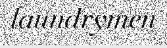
laundrymen